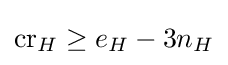
\operatorname {cr} _{H}\geq e_{H}-3n_{H}